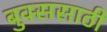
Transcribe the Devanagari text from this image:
बुक्ससाठी